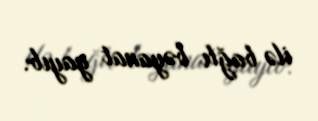
ilə bağlı bəyanat yayıb.